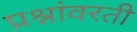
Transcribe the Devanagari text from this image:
प्रश्नांवरती